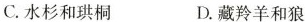
C. 水杉和珙桐 D. 藏羚羊和狼